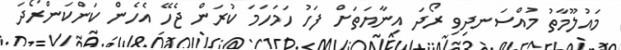
މައުލޫމާތު މުއްސަނދިވި ރޯދަ އިނާޔަތަށް ފަހު ހަމަހަމަ ކުރަން ޖެހޭ އެހެން ކަންކަންރޯދަ